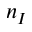
n _ { I }